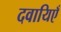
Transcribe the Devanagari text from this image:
दवायिएँ